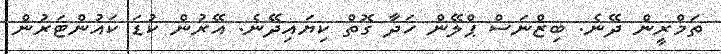
ތަމްރީން ދޭނެ. ބިޒްނަސް ޕްލޭން ހަދާ ގޮތް ކިޔައިދޭނެ. އޭރުން ކުޑަ ކައުންޓަރުން